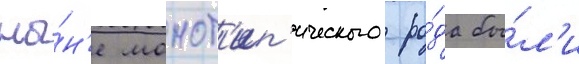
ны́н'е монот'ип'ического ро́да бы́л'и